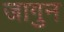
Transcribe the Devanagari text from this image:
जागुन